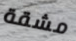
مشقة